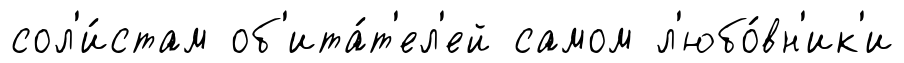
сол'и́стам об'ита́т'ел'ей самом л'юбо́вн'ик'и